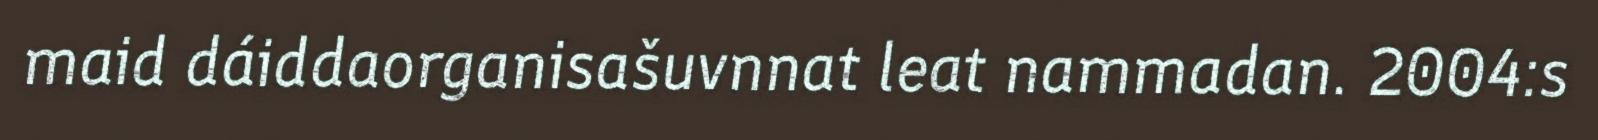
maid dáiddaorganisašuvnnat leat nammadan. 2004:s